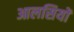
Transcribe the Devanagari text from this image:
आलसियों